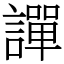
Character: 譂